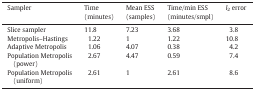
| Sampler | Time(minutes) | Mean ESS(samples) | Time/min ESS(minutes/smpl) | l2 error |
 | --- | --- | --- | --- | --- |
 | Slice sampler | 11.8 | 7.23 | 3.68 | 3.8 |
 | Metropolis–Hastings | 1.22 | 1 | 1.22 | 10.8 |
 | Adaptive Metropolis | 1.06 | 4.07 | 0.38 | 4.2 |
 | Population Metropolis (power) | 2.67 | 4.47 | 0.59 | 7.4 |
 | Population Metropolis (uniform) | 2.61 | 1 | 2.61 | 8.6 |